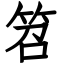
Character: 笤